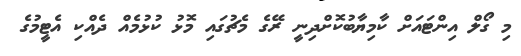
މި ގޯލް އިންޓައަށް ކާމިޔާބުކޮށްދިނީ ރޭގެ މެޗުގައި މޮޅު ކުޅުމެއް ދެއްކި އެޓީމުގެ